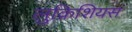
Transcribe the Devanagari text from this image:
लुक्रिशियस